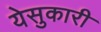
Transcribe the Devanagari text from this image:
येसुकारी